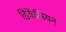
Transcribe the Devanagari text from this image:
डिकेंसियन